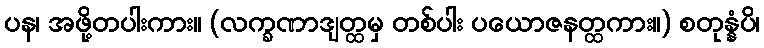
ပန၊ အဖို့တပါးကား။ (လက္ခဏာဒျတ္ထမှ တစ်ပါး ပယောဇနတ္ထကား။) စတုန္နံပိ၊